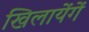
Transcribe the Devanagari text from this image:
खिलायेंगें